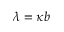
\lambda = \kappa b